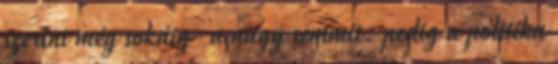
szerint még sokáig- a nagy semmit. pedig a politika